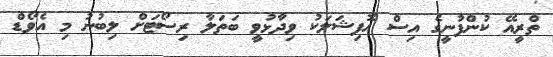
ތްރީއޭ ކުންފުނީގެ އިސް އޮފިޝަލަކު ވިދާޅުވީ ބަތަލާ ރިސޯޓަށް ލިބުނު މި އެވޯޑް